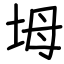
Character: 坶